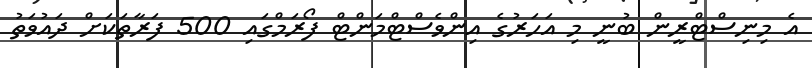
އެ މިނިސްޓްރީން ބުނީ މި އަހަރުގެ އިންވެސްޓްމަންޓް ފޯރަމްގައި 500 ފަރާތަކަށް ދައުވަތު